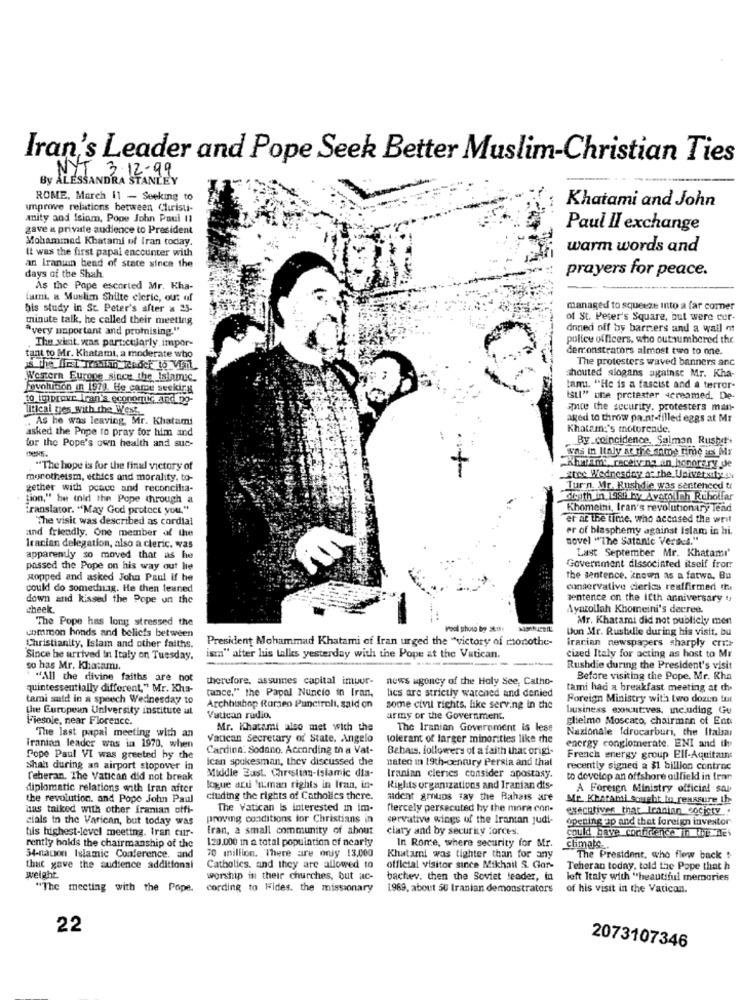
Iran's Leader and Pope Seek Better Muslim-Christian Ties
NYT 3-12-99
By ALESSANDRA STANLEY
ROME, March 11 - Seeking to
Khatami and John
improve relations between Cturisti-
anity and Isiam, Pope John Paul 11
gave a private audience to President
Paul II exchange
Mohammad Khatami of fran today.
It was the first papai encounter with
warm words and
an Iranuin bead of state since the
days of the Shah.
prayers for peace.
As the Pope escorted Mr. Kha-
Lumi. a Muslim Shilte cleric, out of
his study in St. Peter's after = 23-
managed to squeeze into a far comer
minute talk, he called their meeting
of St. Peter's Square, but were cer-
'very unportant and promising."
dnned off by barners and a wall of
The xisit. was particularly impor
police officers, who outnumbered the
demonstrators almost two to one.
tant to Mr. Khatami, a moderate who
The protesters waved banners anc
Western Europe since the_Islamic.
shouted slogans against Mr. Kha-
Mouohioon in 1979. He came seekirk
tami. "He is a fascist and a terror-
to improve Iran's economic and pg-
Istl" une protester screamed. De-
litical ties with the West
spice the security. protesters man-
. As he was leaving, Mr. Khatami
aged to throw pa.nt-filled eggs at Mr
asked the Pope to pray for him and
Khatam:'s motorende.
By coincidence, Salman Rushd'
for the Pope's own health and suc-
was in Italy at the same time uns Mr
"The hope is for the final victory of
Kitramt recebana an honorary de
monotheism, ethics and morality, to-
stet Wednesday at the University sk
gether with peace and reconcilia-
Turn. Mr. Rushdie was sentenced &
tion," he told the Pope through a
Ghuth in 1989 y Avarolich Ruholfar
translator. "May God protect you."
Khomeini, Iran's revolutionary lead
The visit was described as cordial
er at the time, who accused the writ
and friendly. One member of the
er of blasphemy against Islam in hi.
novel "The Satanic Verses."
Iranian delegation, also a cleric. was
apparently so moved that as he
Last September Mr. Khatami'
passed the Pope on his way out le
Government dissocinfed itself from
stopped and asked John Paul if he
the sentence. known as a fatwa, Bu
could do somednag. He then leaned
conservative clerics reaffirmed ti
down and kissed the Pope un the
sentence on the IEth anniversary t,
cheek.
Ayatollah Khomeini's decree.
The Pope has long stressed the
Mr. Khatami did not publicly ment
common honds and beliefs between
Don Mr. Rushdie during his visit, bu
President Mohammad Khatami of Iran urged the "victory of conothe-
Irarian newspapers sharply cri:>
Christianity, Islam and other faiths.
Since he arrived in Italy on Tuesday.
ism" after his talks yesterday with the Pope at the Vatican.
cized Italy for acting as host to Mr
so has Mr. Khatamı.
Rushdie during the President's visit
. "All the divine faiths are not
therefore, assumes capital imuur-
news agency of the Holy See, Catho-
Before visiting the Pope, Mr. Kha
quintessentially different," Mr. Kha-
tance." the Papel Nuncio in Iran,
lics are strictly warched and denied
tami had a breakfast meeting at de
tami said in a speech Wednesday to
Foreign Ministry with two dozun tot
the European University institute al
Archbishop Romeo Punciroli, said on
some civil rights, like serving in the
business executives, including Gu
Fiesole, near Florence.
Vatican radio.
army or the Government.
glielmo Moscato, chairman of Ent
The last papal meeting with an
Mr. Whatami also met with the
The Iranian Government is less
Nazionale Idrocarburi, the Italian
Vatican Secretary of State. Angelo
tolerant of larger minorities like the
energy conglomerate. ENI and the
iranian leader was in 1970, when
Cardina. Sodano. According th a Vat-
Behais, followers of a faith that origi-
Pope Paul VI was greeted hy the
Ican spokesman, they discussed the
nated in 19th-century Persia and thal
French energy group Elf-Aquitaine
shah during an airport stopover in
Middle East. Christian-Islamic dia-
recently signed a $1 billion contrac
feberan. The Vatican did not break
Iranian clerics consider apostasy.
to develop an offshore oilfield in fran
diplomatic relations with Iran after
logue aru 'iman rights in Iran, in-
Rights organizations and Iranian dis-
A Foreign Ministry official sar
the revolution. and Pope John Paul
cluding the rights of Catholics there.
aident grups tay the Bahars are
Mr. Khatami Sought to reassure th
das taiked with other iranian offi-
The Vatican Is interested in im-
flercely persecuted hy the mora con-
executives that Iranian society .
cials in the Varican, but today was
proving conditions for Christians in
servative wings of the Iranian judi-
opening -ap and that foreign investor
tils highest-level meeting. Iran cur-
fran, a small community of about
clary and by security forces.
could have conference in UE DE
120.000 in a total population of nearly
In Rome, where security for Mr.
rently holds the chairmanship of the
climate
34-nacion Islamic Conference, and
70 million. There are only 13,000
Khatami was tighter than for any
The President, who flew back !
that gave the audience additional
Catholics, and they are allowed to
official visitor since Mikhail S. Gor-
Teheran today, told the Pope that h
weight
worship in their churches, but ac-
bachev. then the Soviet leader, in
left Italy with "beautiful memories
"The meeting with the Pope.
cording to Fides. the missionary
1969, about 50 Iranian demonstrators
of his visit in the Vatican.
22
2073107346